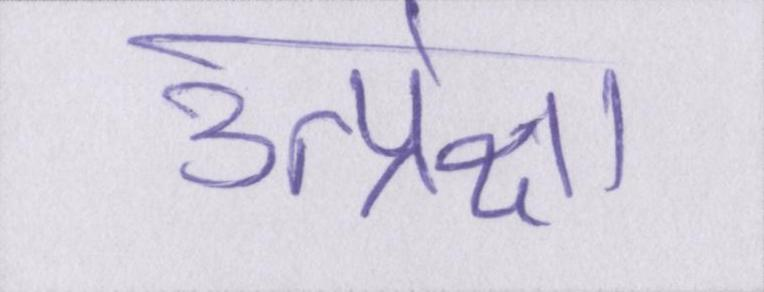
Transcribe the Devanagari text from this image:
उत्प्रेक्षा